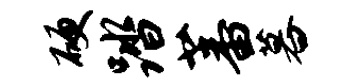
硬踏蕃暮